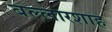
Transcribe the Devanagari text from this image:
बल्लारशाह